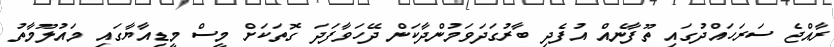
ރާއްޖެ ސަރަހައްދުގައި ތޫފާނެއް އުފެދި ބާރުގަދަވަމުންދާކަން ދޭހަވާފަދަ ގޮތަކަށް މީސް މީޑިއާޔާގައި މައުލޫމާތު